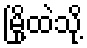
မြို့ထဲသို့